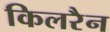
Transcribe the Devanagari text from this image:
किलरैन